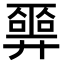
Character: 𢍮